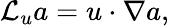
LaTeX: \mathcal{L}_{u}a=u\cdot\nabla a,